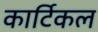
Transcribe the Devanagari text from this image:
कार्टिकल